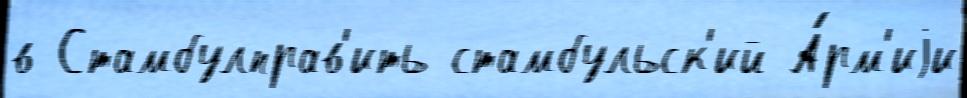
в Стамбулправ'ить стамбульск'ий А́рм'иjи